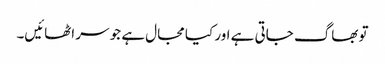
تو بھاگ جاتی ہے اور کیا مجال ہے جو سر اٹھائیں۔